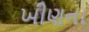
ખીણના